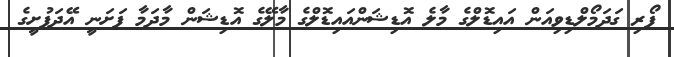
ފޯރި ގަދަމޯލްޑިވިއަން އައިޑޮލްގެ މާލެ އޮޑިޝަންއައިޑޮލްގެ މާލޭގެ އޮޑިޝަން މާދަމާ ފަށަނީ އޭދަފުށީގެ